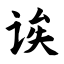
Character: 诶